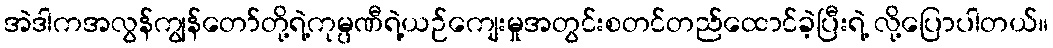
အဲဒါကအလွန်ကျွန်တော်တို့ရဲ့ကုမ္ပဏီရဲ့ယဉ်ကျေးမှုအတွင်းစတင်တည်ထောင်ခဲ့ပြီးရဲ့ လို့ပြောပါတယ်။